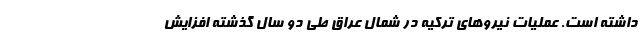
داشته است. عملیات نیروهای ترکیه در شمال عراق طی دو سال گذشته افزایش